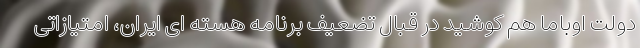
دولت اوباما هم کوشید در قبال تضعیف برنامه هسته ای ایران، امتیازاتی